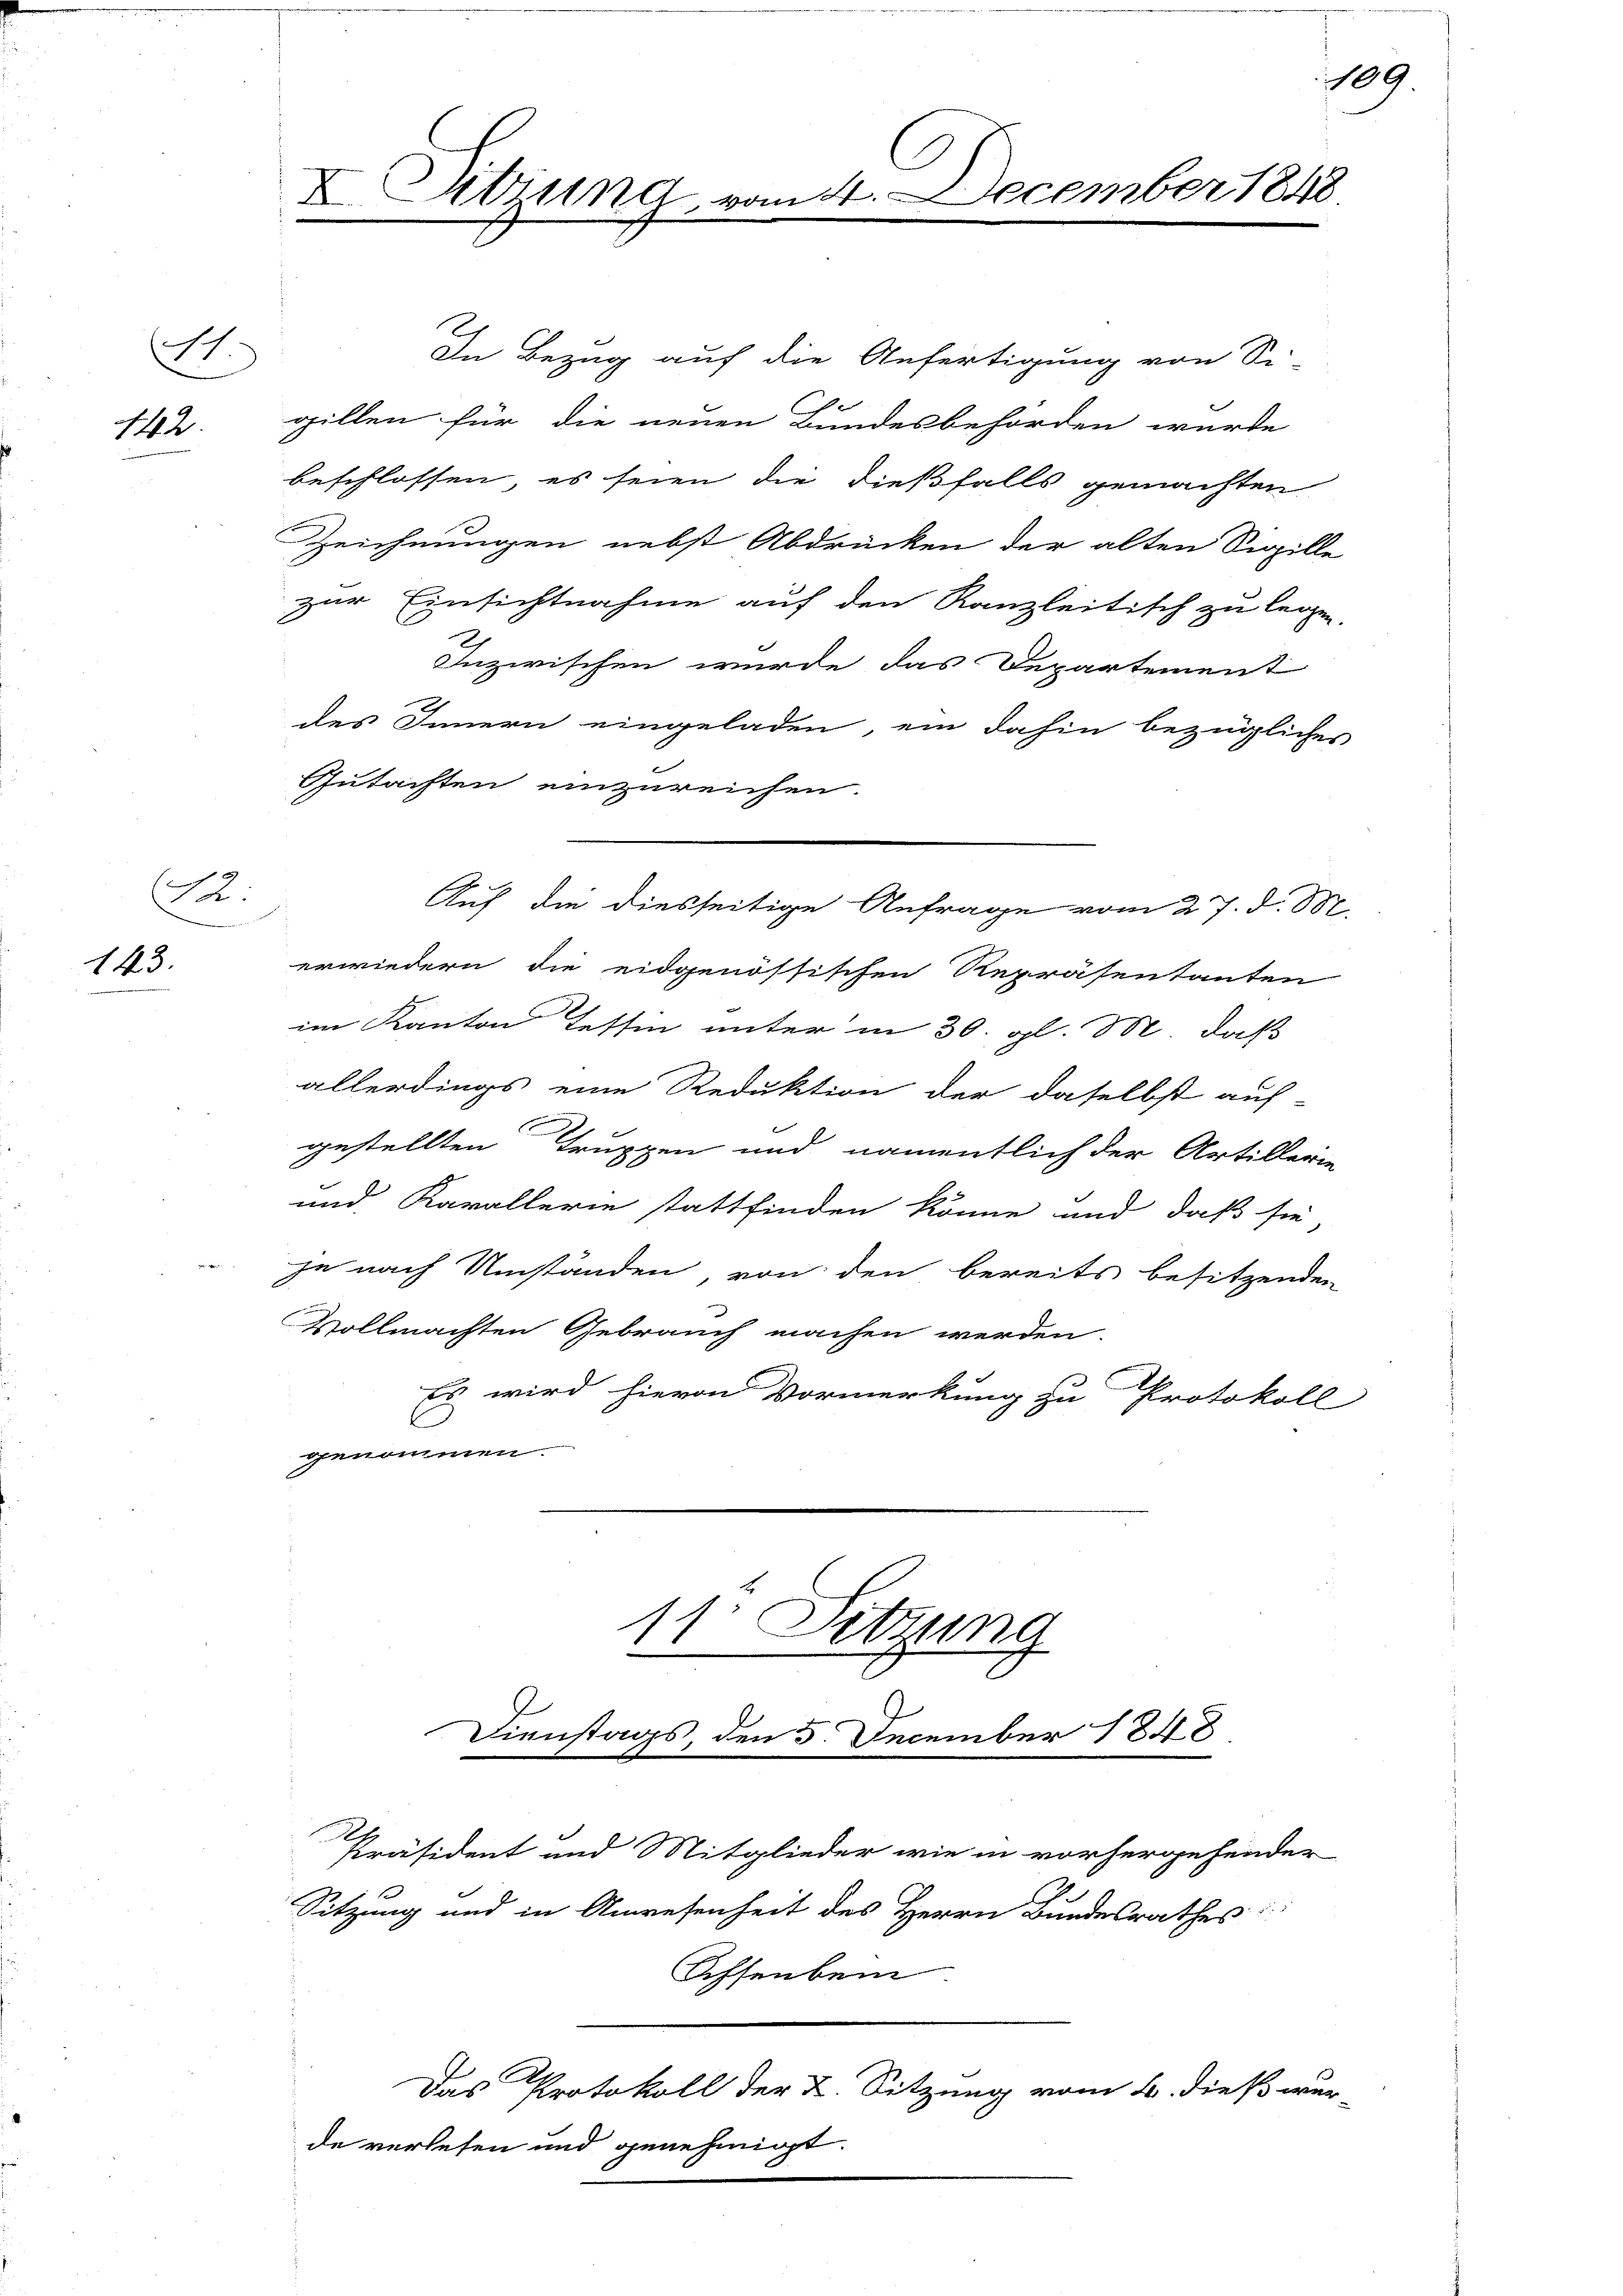
S.
142.

A.
143.

X Sitzung, vo

In Bezug auf die Anfertigung von Si-
gillen für die neuen Bundesbehörden wurde
beschlossen, es seien die dießfalls gemachten
Zeichnungen nebst Abdrücken der alten Sippille
zur Einsichtnahme auf den Kanzleitisch zu legen.
Inzwischen wurde das Departement
des Innern eingeladen, ein dahin bezügliches
Gutachten einzureichen.
erwiedern die eidgenössischen Repräsentanten
im Kanton Tessin unter in 30. gl. M. daß
allerdings eine Reduktion der daselbst auf-
gestellten Truppen und namentlich der Artillerie
und Kavallerie stattfinden könne und daß sie
je nach Umständen von den bereits besitzenden
Vollmachten Gebrauch machen werden.
Es wird hievon Vormerkung zu Protokoll
genommen.
11r Sitzung
er

2
Das Protokoll der 2. Sitzung vom 4. dieß wer
de verlesen und genehmigt.

.
Auf die diesseitige Anfrage vom 27. d. 1882

Dienstags, den 5. December 1848

mt. December 1848

Präsident und Mitglieder wie in vorhergehender
Sitzung und in Anwesenheit des Herrn Bundesrathes
Ochsenbein

109